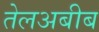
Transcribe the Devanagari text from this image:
तेलअबीब